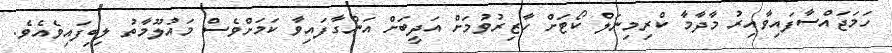
ހަމަޖައްސާފައިވާއިރު މާދާމާ ކްރިމިނަލް ކޯޓަށް ހާޒިރުވުމަށް އަދީބަށް އަންގާފައިވާ ކަމަށްވެސް މައުލޫމާތު ލިބިފައިވެއެވެ.